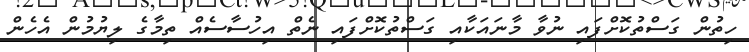
ހިތުން ގަސްތުކޮށްފައި ނުވާ މާނައަކާއި ގަސްތުކޮށްފައި ނެތް އިހުސާސެއް ތިމާގެ ލިޔުމުން އެހެން